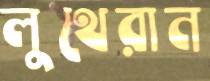
লুথেরান